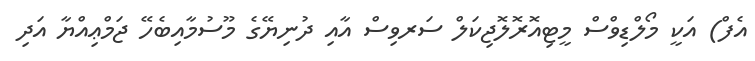
އެފް) އަކީ މޯލްޑިވްސް މީޓިއޮރޮލޮޖިކަލް ސަރވިސް އާއި ދުނިޔޭގެ މޫސުމާއިބެހޭ ޖަމްޢިއްޔާ އަދި